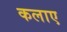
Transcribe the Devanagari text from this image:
कलाए